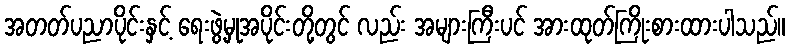
အတတ်ပညာပိုင်းနှင့် ရေးဖွဲ့မှုအပိုင်းတို့တွင် လည်း အများကြီးပင် အားထုတ်ကြိုးစားထားပါသည်။